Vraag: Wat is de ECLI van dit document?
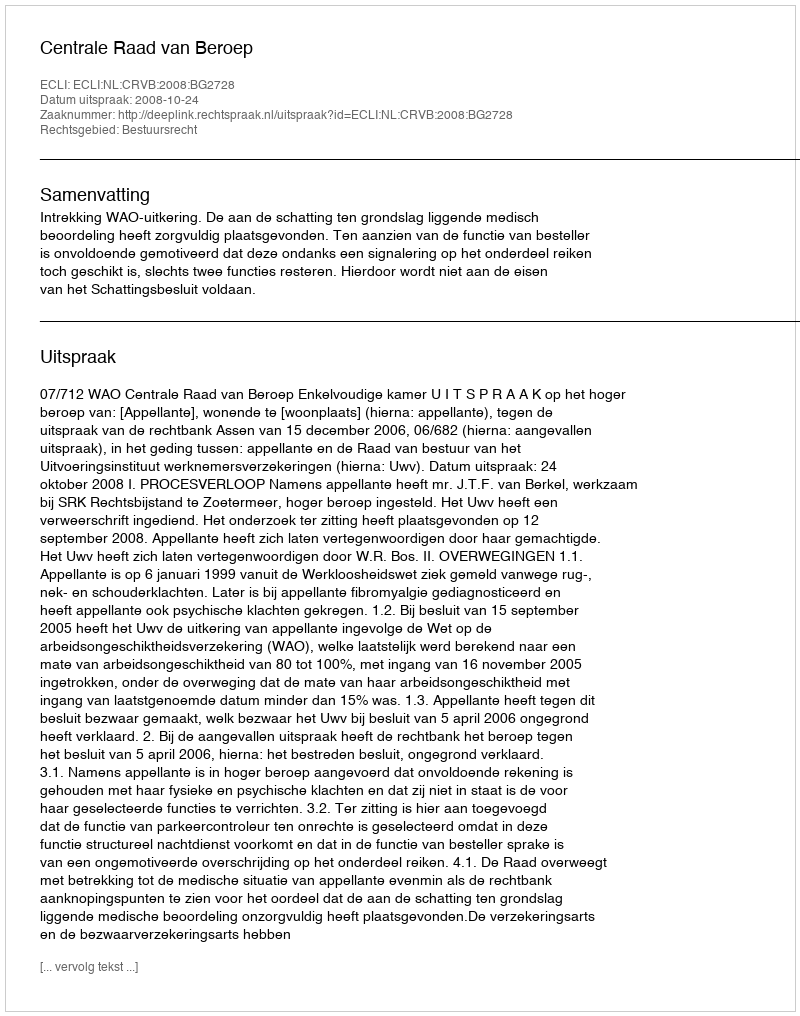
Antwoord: ECLI:NL:CRVB:2008:BG2728